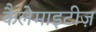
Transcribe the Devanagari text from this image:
कैलेमाइटीज़